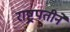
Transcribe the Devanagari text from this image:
राष्ट्रपतीने